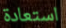
استعادة